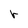
Character: r